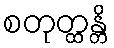
စတုတ္ထန္တိ